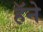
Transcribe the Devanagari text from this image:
हॅने